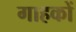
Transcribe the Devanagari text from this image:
गाहकों